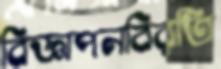
বিজ্ঞাপনবিরতি